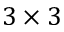
3 \times 3